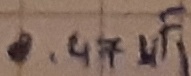
Text: 0.47µF